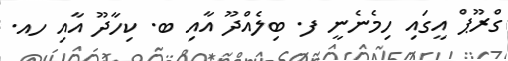
ގްރޫޕް އީގައި ހިމެނެނީ ފ. ބިލެއްދޫ އާއި ބ. ކިހާދޫ އާއި ހއ.